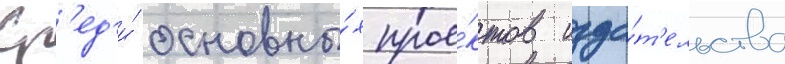
Ср'ед'и́ основны́х прое́ктов изда́т'ельства